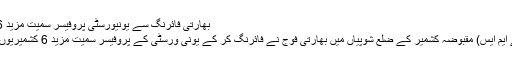
بھارتی فائرنگ سے یونیورسٹی پروفیسر سمیت مزید 6 کشمیری شہید
سری نگر (کے ایم ایس) مقبوضہ کشمیر کے ضلع شوپیاں میں بھارتی فوج نے فائرنگ کر کے یونی ورسٹی کے پروفیسر سمیت مزید 6 کشمیریوں کو شہید کردیا۔